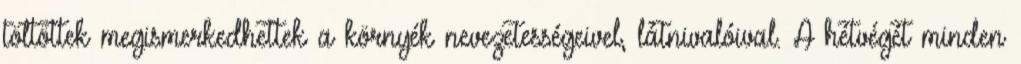
töltöttek megismerkedhettek a környék nevezetességeivel, látnivalóival. A hétvégét minden